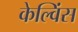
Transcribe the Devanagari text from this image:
केल्विंस